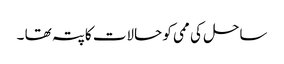
ساحل کی ممی کو حالات کاپتہ تھا ۔